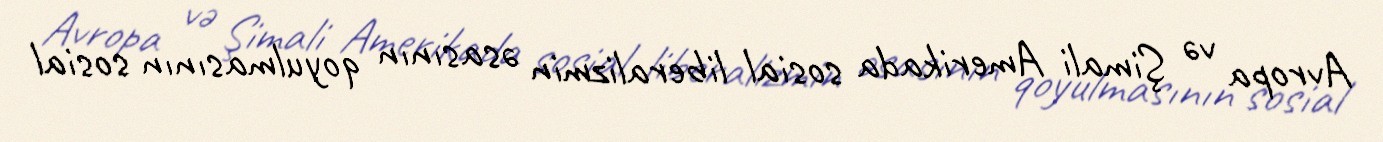
Avropa və Şimali Amerikada sosial liberalizmin əsasının qoyulmasının sosial